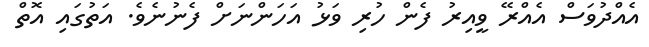
އެއްދުވަސް އެއްރޭ ވީއިރު ފެން ހުރި ވަޅު އަހަންނަށް ފެނުނެވެ. އަތުގައި އޮތް